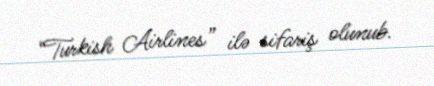
“Turkish Airlines” ilə sifariş olunub.